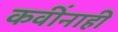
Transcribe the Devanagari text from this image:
कवींनाही